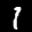
Label: 1